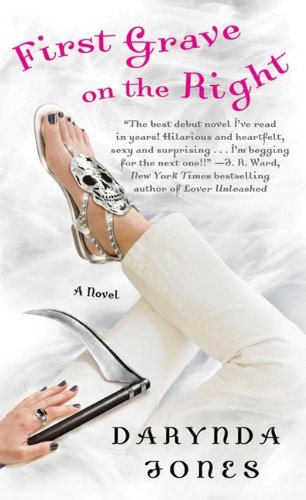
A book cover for First Grave on the Right (Charley Davidson Series); Darynda Jones; Mystery, Thriller & Suspense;